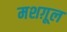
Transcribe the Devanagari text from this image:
मशग़ूल